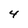
Character: 4